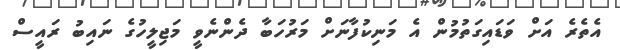
އެތެރެ އަށް ވަޑައިގަތުމުން އެ މަނިކުފާނަށް މަރުހަބާ ދެންނެވީ މަޖިލީހުގެ ނައިބު ރައީސް